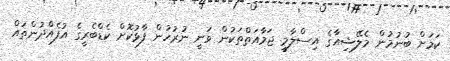
ކަމަށް ބުނުމުން މެލޭޝިއާގެ އިސްލާމީ ޖަމާއަތްތަކުން ވަނީ ނުރުހުން ފާޅުކޮށް ކެޑްބެރީގެ އުފެއްދުންތައް